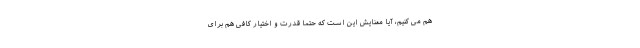
هم می کنیم، آیا معنایش این است که حتماً قدرت و اختیار کافی هم برای